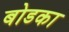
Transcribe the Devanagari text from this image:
बोडका